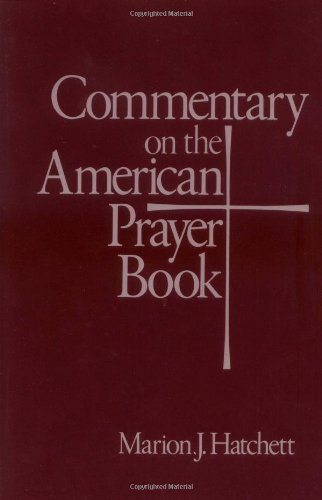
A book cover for Commentary on the American Prayer Book; Marion J. Hatchett; Christian Books & Bibles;